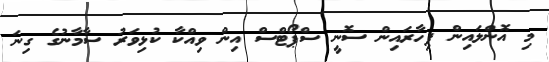
މި އޮންލައިން ފިހާރައިން ސޮނީ ސްޕޯޓްސް އިން ވިއްކާ ކުޅިވަރު ސާމާނުގެ ގިނަ